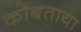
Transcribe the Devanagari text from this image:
कोबताया